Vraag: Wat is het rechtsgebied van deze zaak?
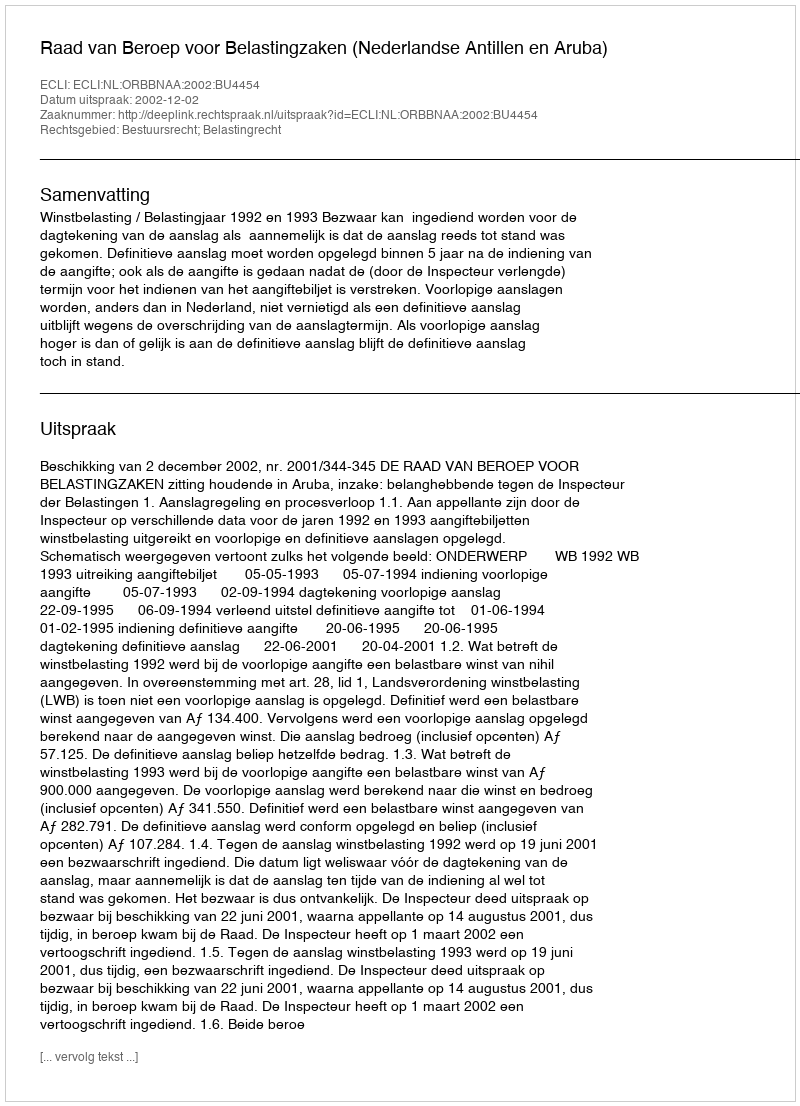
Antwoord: Bestuursrecht; Belastingrecht